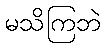
မသိကြဘဲ